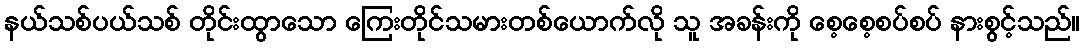
နယ်သစ်ပယ်သစ် တိုင်းထွာသော ကြေးတိုင်သမားတစ်ယောက်လို သူ အခန်းကို စေ့စေ့စပ်စပ် နားစွင့်သည်။